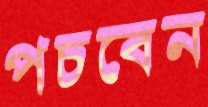
পচবেন